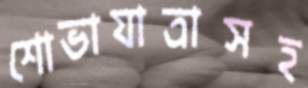
শোভাযাত্রাসহ